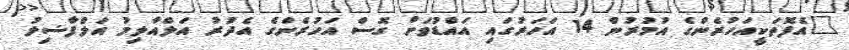
"އެފޮތަކީއަހުރެންގެ އުމުރުން 14 އަހަރުގައި އައްޑުވަށް ގޮސް އަހުރެންގެ އެދުރު އަލްއާލިމު އަލްފާޟިލު